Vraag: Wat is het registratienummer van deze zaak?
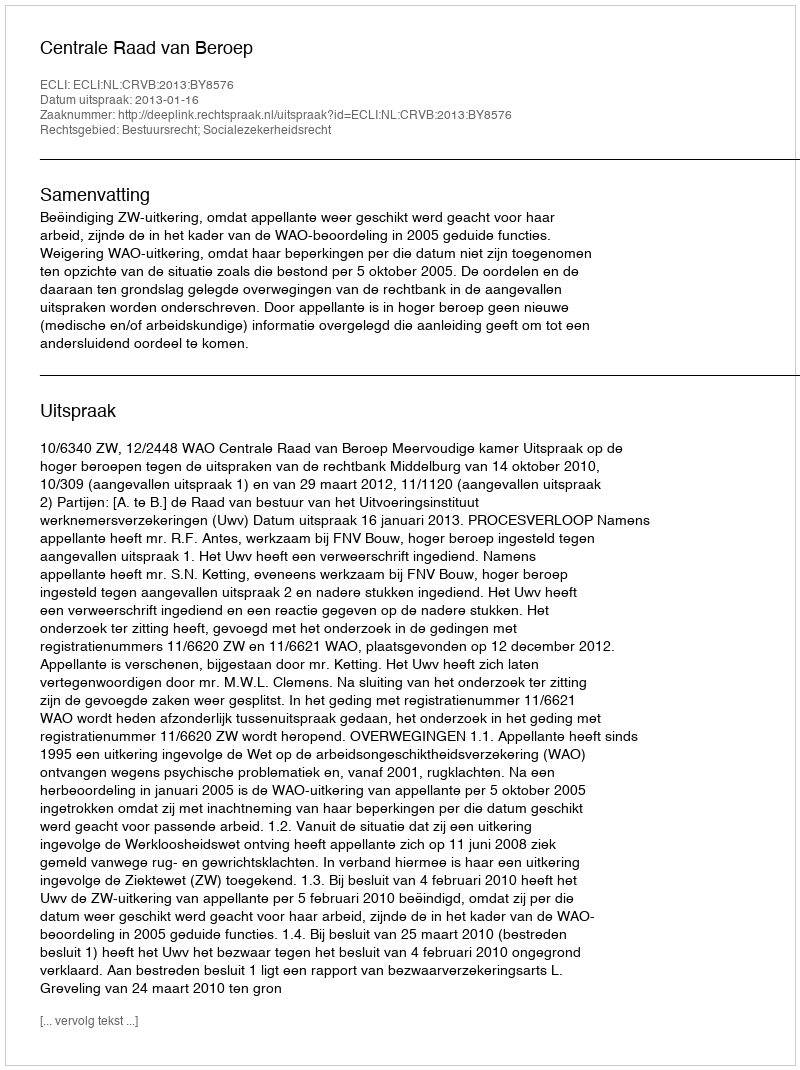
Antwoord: http://deeplink.rechtspraak.nl/uitspraak?id=ECLI:NL:CRVB:2013:BY8576